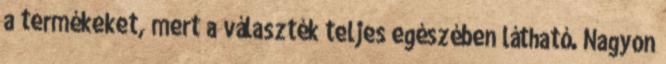
a termékeket, mert a választék teljes egészében látható. Nagyon